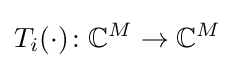
T_{i}(\cdot )\colon \mathbb {C} ^{M}\to \mathbb {C} ^{M}